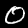
Label: 0